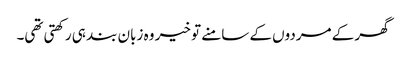
گھر کے مردوں کے سامنے تو خیر وہ زبان بند ہی رکھتی تھی۔